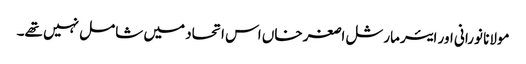
مولانا نورانی اور ایئر مارشل اصغر خاں اس اتحاد میں شامل نہیں تھے۔